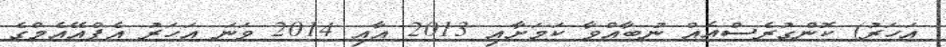
އަހަރު) ކޮންގުރެސްއެއް ނުބާއްވާ ކަމަށާއި 2013 އާއި 2014 ވަނަ އަހަރު އެފްއޭއެމްގެ